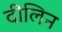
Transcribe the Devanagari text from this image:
दीलिन